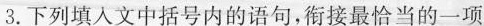
3.下列填入文中括号内的语句，衔接最恰当的一项